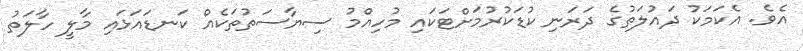
އެވެ. އެކަމަކު ދައުލަތުގެ ދަރަނި ކުޑަކުރުމަށްޓަކައި މުހިއްމު ސިޔާސަތުތަކެއް ކަނޑައަޅައި މާލީ ހާލަތު